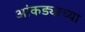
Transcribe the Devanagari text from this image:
आंकड्याच्या